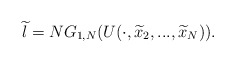
\begin{align*}\widetilde{l}=NG_{1,N}(U(\cdot ,\widetilde{x}_{2},...,\widetilde{x}_{N})).\end{align*}